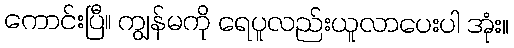
ကောင်းပြီ။ ကျွန်မကို ရေပူလည်းယူလာပေးပါ အုံး။